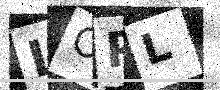
Text: LOPL